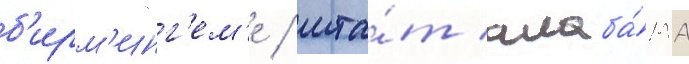
б'ирм'инг'ем'е / шта́т алаба́ма